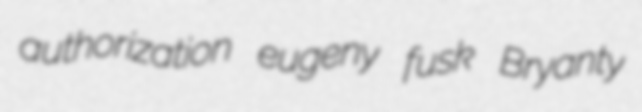
authorization eugeny fusk Bryanty